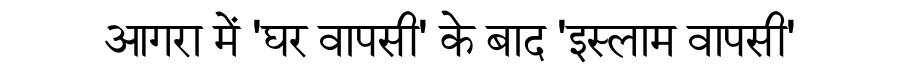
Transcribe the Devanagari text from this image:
आगरा में 'घर वापसी' के बाद 'इस्लाम वापसी'